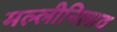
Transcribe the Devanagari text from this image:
मल्लीनिलाव